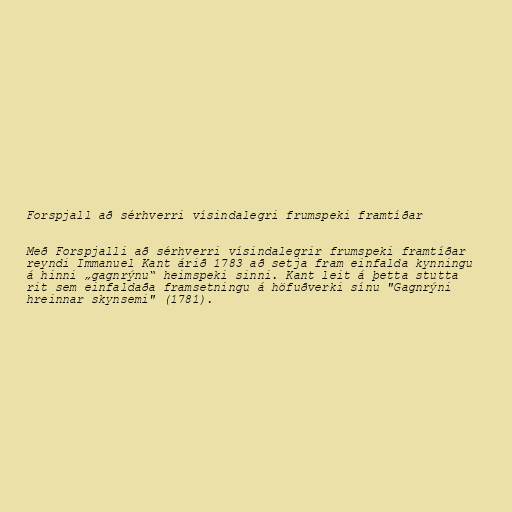
Forspjall að sérhverri vísindalegri frumspeki framtíðar

Með Forspjalli að sérhverri vísindalegrir frumspeki framtíðar
reyndi Immanuel Kant árið 1783 að setja fram einfalda kynningu
á hinni „gagnrýnu“ heimspeki sinni. Kant leit á þetta stutta
rit sem einfaldaða framsetningu á höfuðverki sínu "Gagnrýni
hreinnar skynsemi" (1781).